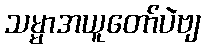
သမ္မာအယူတော်ပဲဗျ